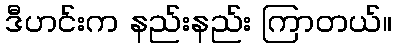
ဒီဟင်းက နည်းနည်း ကြာတယ်။